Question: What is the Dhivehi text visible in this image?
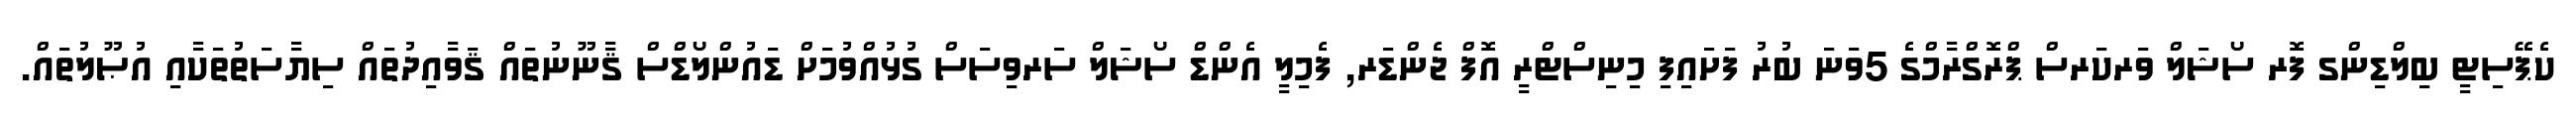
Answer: ކެޕޭސިޓީ ބިލްޑިންގ ފޮރ ސޯޝަލް ވަރކަރސް ޕްރޮގްރާމްގެ 5ވަނަ ބުރު ފަށައިފި މިނިސްޓްރީ އޮފް ޖެންޑަރ, ފެމިލީ އެންޑް ސޯޝަލް ސަރވިސަސް ގުޅުއްވުމަށް ޑައުންލޯޑްސް ޤާނޫނުތައް ޤަވާއިދުތައް ސިޔާސަތުތަކާއި އުޞޫލުތައް.